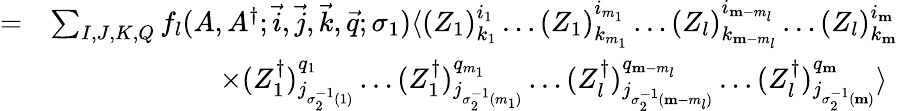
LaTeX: \begin{array}{rl}{=}&{\sum_{I,J,K,Q}f_{l}(A,A^{\dagger};\vec{i},\vec{j},\vec{k},\vec{q};\sigma_{1})\langle(Z_{1})_{k_{1}}^{i_{1}}\dots(Z_{1})_{k_{m_{1}}}^{i_{m_{1}}}\dots(Z_{l})_{k_{\mathbf{m}-m_{l}}}^{i_{\mathbf{m}-m_{l}}}\dots(Z_{l})_{k_{\mathbf{m}}}^{i_{\mathbf{m}}}}\\ &{\qquad\qquad\qquad\times(Z_{1}^{\dagger})_{j_{\sigma_{2}^{-1}(1)}}^{q_{1}}\dots(Z_{1}^{\dagger})_{j_{\sigma_{2}^{-1}(m_{1})}}^{q_{m_{1}}}\dots(Z_{l}^{\dagger})_{j_{\sigma_{2}^{-1}(\mathbf{m}-m_{l})}}^{q_{\mathbf{m}-m_{l}}}\dots(Z_{l}^{\dagger})_{j_{\sigma_{2}^{-1}(\mathbf{m})}}^{q_{\mathbf{m}}}\rangle}\end{array}